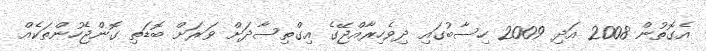
އެގޮތުން 2008 އަދި 2009 ހިސާބުގައި ދިވެހިރާއްޖޭގެ އިގްތިސާދަށް ވަރަށް ބޮޑަތި ގޮންޖެހުންތަކެއް